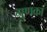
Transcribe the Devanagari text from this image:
गुणका